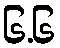
၆.၆